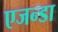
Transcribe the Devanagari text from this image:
एजन्डा